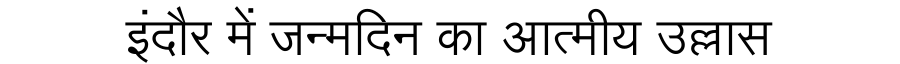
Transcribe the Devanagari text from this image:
इंदौर में जन्मदिन का आत्मीय उल्लास